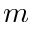
m